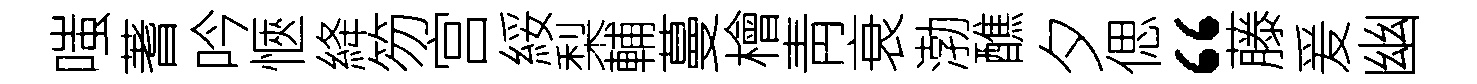
嗤蓍吟愜絳笏宫綏梨輔蔓檜靑衰渤醮夕偲“藤爰幽